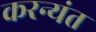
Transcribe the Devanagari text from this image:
करन्यंत